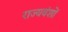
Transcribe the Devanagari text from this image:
राज्यवंशों